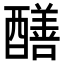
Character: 𨣁